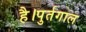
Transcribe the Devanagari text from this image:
है।पुर्तगाल